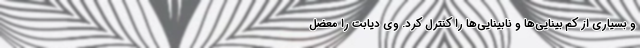
و بسیاری از کم بینایی‌ها و نابینایی‌ها را کنترل کرد. وی دیابت را معضل